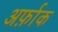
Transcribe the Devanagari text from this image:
अर्फ़ाक